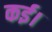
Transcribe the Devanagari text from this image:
कई।